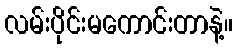
လမ်းပိုင်းမကောင်းတာနဲ့။